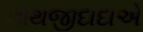
નાથજીદાદાએ